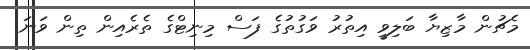
މެޗުން މާޒިޔާ ބަލިވީ އިތުރު ވަގުތުގެ ފަސް މިނިޓްގެ ތެރެއިން ތިން ވަނަ